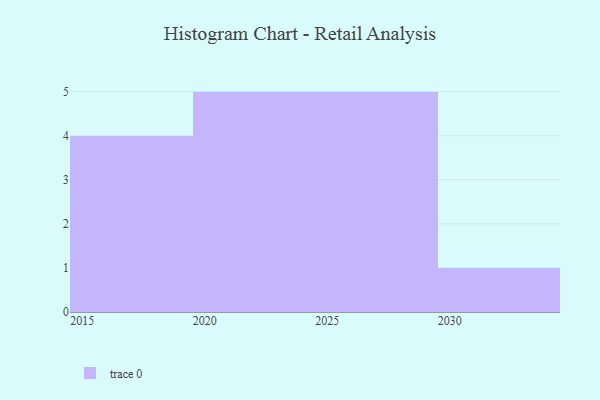
{"axis": {"x": "Year", "y": "Bounce Rate (%)"}, "legend": [""], "data": [{"x": "2016", "y": 58, "type": ""}, {"x": "2028", "y": 95, "type": ""}, {"x": "2026", "y": 37, "type": ""}, {"x": "2024", "y": 8, "type": ""}, {"x": "2029", "y": 40, "type": ""}, {"x": "2015", "y": 56, "type": ""}, {"x": "2025", "y": 97, "type": ""}, {"x": "2020", "y": 86, "type": ""}, {"x": "2021", "y": 38, "type": ""}, {"x": "2030", "y": 60, "type": ""}, {"x": "2019", "y": 48, "type": ""}, {"x": "2023", "y": 81, "type": ""}, {"x": "2022", "y": 6, "type": ""}, {"x": "2018", "y": 29, "type": ""}, {"x": "2027", "y": 24, "type": ""}]}